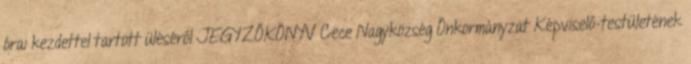
órai kezdettel tartott üléséről JEGYZŐKÖNYV Cece Nagyközség Önkormányzat Képviselő-testületének